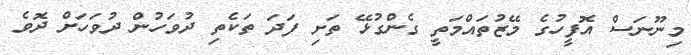
މިނޫނަސް އޮފީހުގެ މޭޒުތައްމަތީ ގެންގުޅޭ ތަށި ފަދަ ތަކެތި ދުވަހުން ދުވަހަށް ދޮވެ